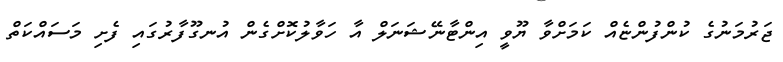
ޖަރުމަނުގެ ކުންފުންޏެއް ކަމަށްވާ ޔޫވީ އިންޓާނޭޝަނަލް އާ ހަވާލުކޮށްގެން އުނގޫފާރުގައި ފެށި މަސައްކަތް